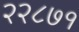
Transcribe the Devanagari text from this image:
२२८७१